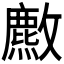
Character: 𫿡